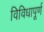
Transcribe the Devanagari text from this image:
विविधापूर्ण